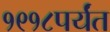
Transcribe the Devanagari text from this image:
१९१८पर्यंत